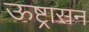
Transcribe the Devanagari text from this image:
ऊष्ट्रासन